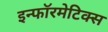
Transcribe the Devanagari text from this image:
इन्‍फॉरमेटिक्‍स